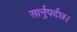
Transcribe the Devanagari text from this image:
सार्नुपर्दछ।